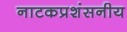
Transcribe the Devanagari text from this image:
नाटकप्रशंसनीय